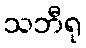
သဘီရု